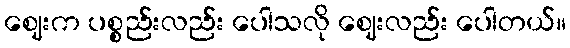
ဈေးက ပစ္စည်းလည်း ပေါသလို ဈေးလည်း ပေါတယ်။